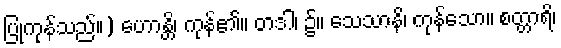
ပြုကုန်သည်။) ဟောန္တိ၊ ကုန်၏။ တဒါ၊ ၌။ သေသာနိ၊ ကုန်သော။ စတ္တာရိ၊